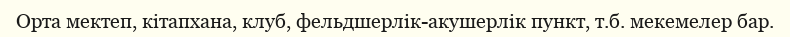
Орта мектеп, кітапхана, клуб, фельдшерлік-акушерлік пункт, т.б. мекемелер бар.